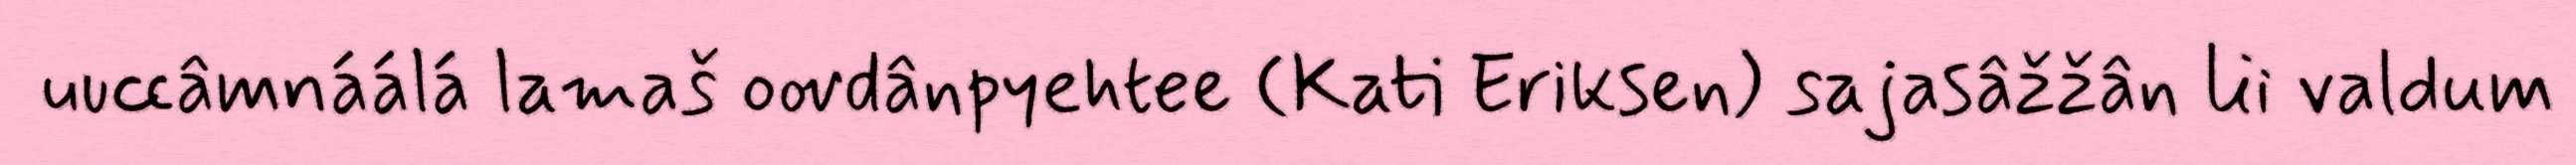
uuccâmnáálá lamaš oovdânpyehtee (Kati Eriksen) sajasâžžân lii valdum